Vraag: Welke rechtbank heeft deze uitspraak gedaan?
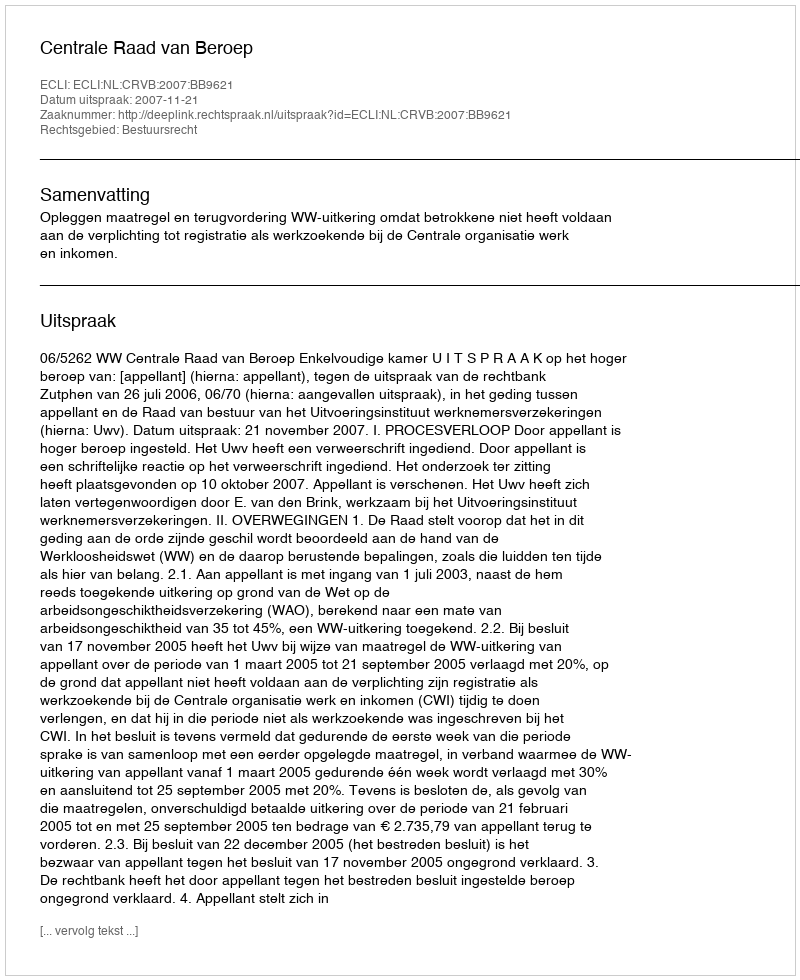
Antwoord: Centrale Raad van Beroep